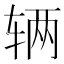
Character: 辆